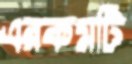
এরকমটি